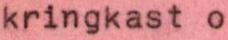
kringkast o